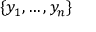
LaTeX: \{ y _ { 1 } , \dots , y _ { n } \}